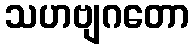
သဟဗျဂတော